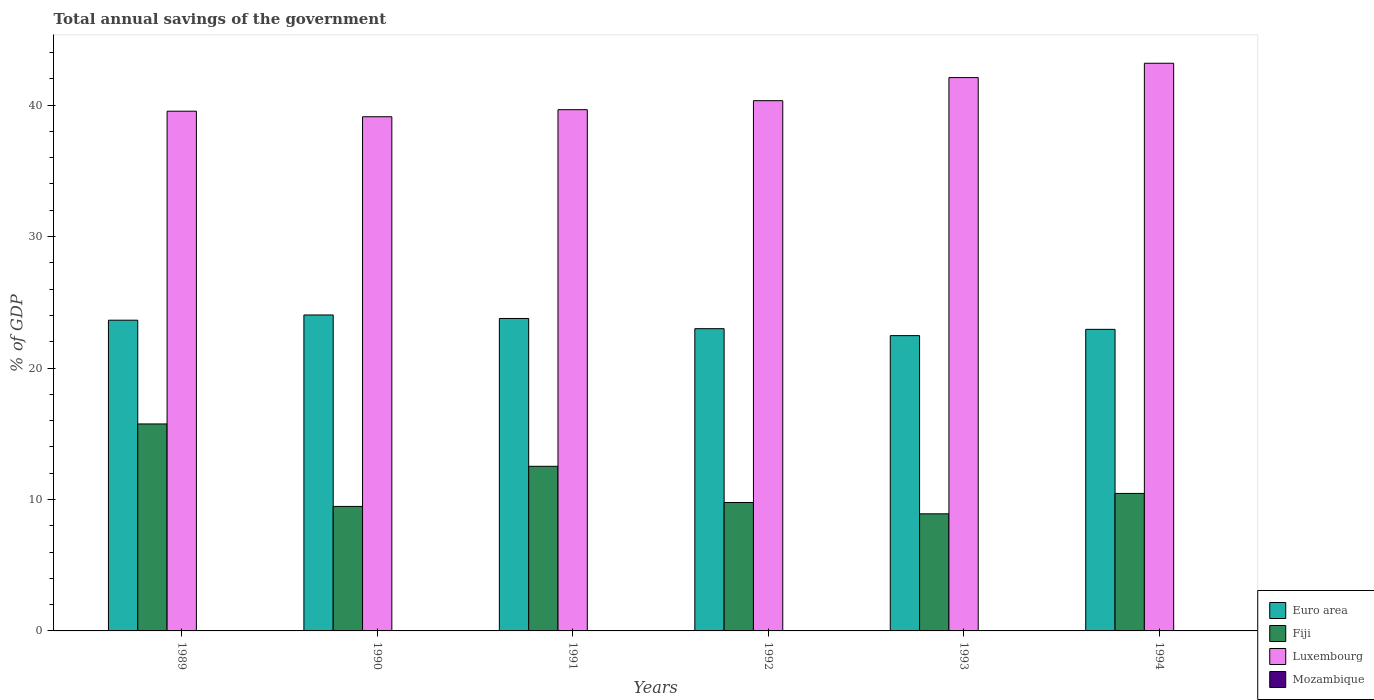
| Years | Euro area | Fiji | Luxembourg | Mozambique |
 | --- | --- | --- | --- | --- |
 | 1989 | 23.6 | 15.7 | 39.5 | -9.42 |
 | 1990 | 24 | 9.47 | 39.1 | -5.83 |
 | 1991 | 23.8 | 12.5 | 39.7 | -13.3 |
 | 1992 | 23 | 9.77 | 40.3 | -19.6 |
 | 1993 | 22.5 | 8.91 | 42.1 | -16 |
 | 1994 | 22.9 | 10.5 | 43.2 | -19.3 |